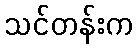
သင်တန်းက